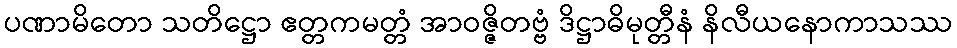
ပဏာမိတော သတိဋ္ဌော ဧတ္တကမတ္တံ အာဝဇ္ဇိတဗ္ဗံ ဒိဋ္ဌာဓိမုတ္တီနံ နိလီယနောကာသဿ